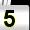
Digit: 5